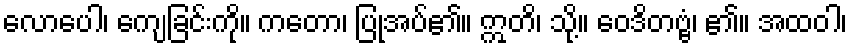
လောပေါ၊ ကျေခြင်းကို။ ကတော၊ ပြုအပ်၏။ ဣတိ၊ သို့။ ဝေဒိတဗ္ဗံ၊ ၏။ အထဝါ၊